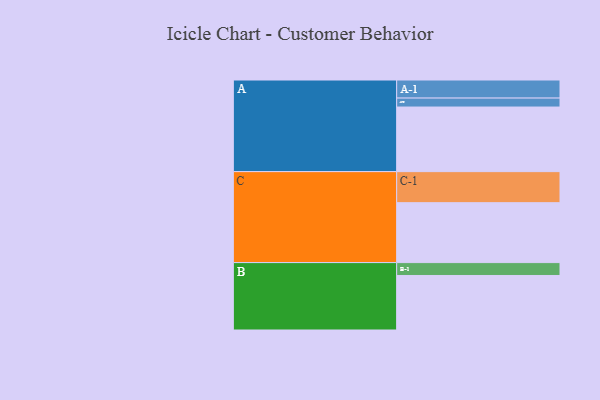
{"axis": {"x": "Segment", "y": "Value"}, "legend": ["", "A", "B", "C"], "data": [{"x": "A", "y": 597, "type": ""}, {"x": "B", "y": 504, "type": ""}, {"x": "C", "y": 554, "type": ""}, {"x": "A-1", "y": 167, "type": "A"}, {"x": "A-2", "y": 83, "type": "A"}, {"x": "B-1", "y": 119, "type": "B"}, {"x": "C-1", "y": 287, "type": "C"}]}